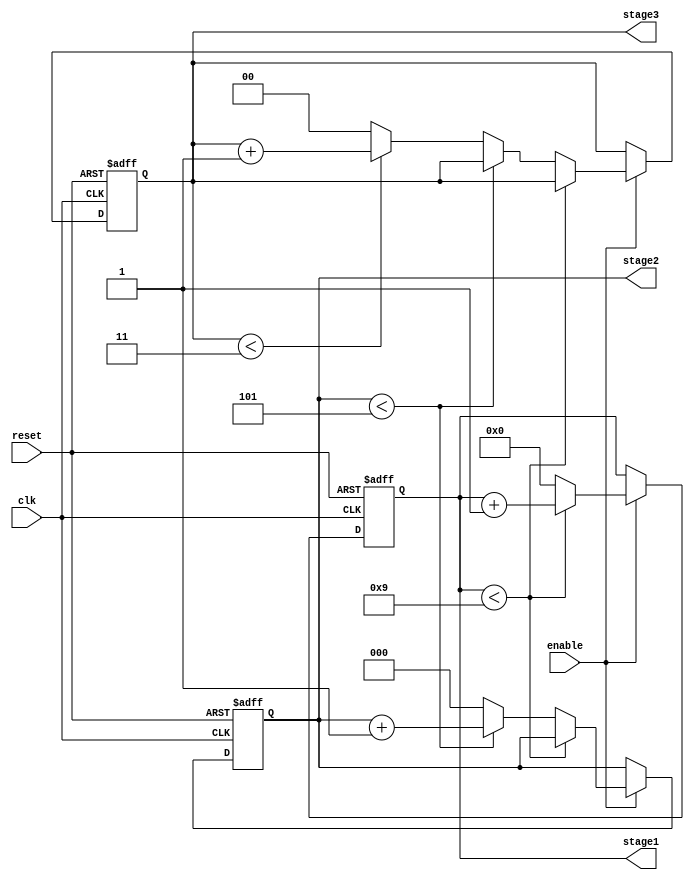
module mixed_radix_counter (
    input wire clk,              // Clock input
    input wire reset,            // Asynchronous reset input
    input wire enable,           // Enable signal
    output reg [3:0] stage1,     // Stage 1 (Radix 10)
    output reg [2:0] stage2,     // Stage 2 (Radix 6)
    output reg [1:0] stage3      // Stage 3 (Radix 4)
);

// Radix definitions
localparam RADIX1 = 10;  // Stage 1 radix
localparam RADIX2 = 6;   // Stage 2 radix
localparam RADIX3 = 4;   // Stage 3 radix

always @(posedge clk or posedge reset) begin
    if (reset) begin
        // Asynchronous reset: Set all stages to 0
        stage1 <= 0;
        stage2 <= 0;
        stage3 <= 0;
    end else if (enable) begin
        // Increment the counter stages
        if (stage1 < RADIX1 - 1) begin
            stage1 <= stage1 + 1;
        end else begin
            stage1 <= 0; // Reset stage1
            if (stage2 < RADIX2 - 1) begin
                stage2 <= stage2 + 1;
            end else begin
                stage2 <= 0; // Reset stage2
                if (stage3 < RADIX3 - 1) begin
                    stage3 <= stage3 + 1;
                end else begin
                    stage3 <= 0; // Reset stage3
                end
            end
        end
    end
end

endmodule